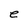
Character: e